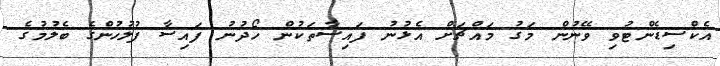
އެކްސިޑެންޓުވި ވޭނުން މަގު މައްޗަށް އެޅުނު ފައިސާތަކުން ހޯދުނު ފައިސާ ފުލުހުންގެ ބެލުމުގެ